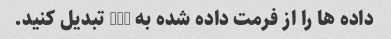
داده ها را از فرمت داده شده به CSV تبدیل کنید.